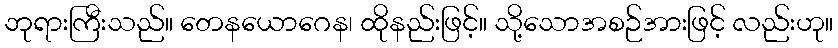
ဘုရားကြီးသည်။ တေနယောဂေန၊ ထိုနည်းဖြင့်။ သို့သောအစဉ်အားဖြင့် လည်းဟု။